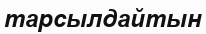
тарсылдайтын